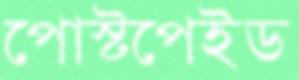
পোস্টপেইড